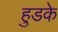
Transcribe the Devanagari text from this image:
हुडके